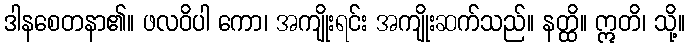
ဒါနစေတနာ၏။ ဖလဝိပါ ကော၊ အကျိုးရင်း အကျိုးဆက်သည်။ နတ္ထိ။ ဣတိ၊ သို့။